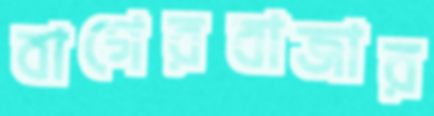
বাগেরবাজার